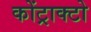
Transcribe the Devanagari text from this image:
कोंट्राक्टो